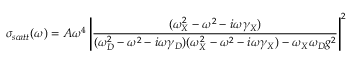
\sigma _ { s c a t t } ( \omega ) = A \omega ^ { 4 } \left| \frac { ( \omega _ { X } ^ { 2 } - \omega ^ { 2 } - i \omega \gamma _ { X } ) } { ( \omega _ { D } ^ { 2 } - \omega ^ { 2 } - i \omega \gamma _ { D } ) ( \omega _ { X } ^ { 2 } - \omega ^ { 2 } - i \omega \gamma _ { X } ) - \omega _ { X } \omega _ { D } g ^ { 2 } } \right| ^ { 2 }